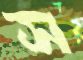
স